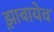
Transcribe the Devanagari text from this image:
झ़ाबायेव